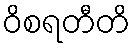
ဝိစရတီတိ